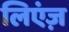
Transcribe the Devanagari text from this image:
लिएंज़